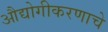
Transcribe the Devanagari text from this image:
औद्योगीकरणाचे